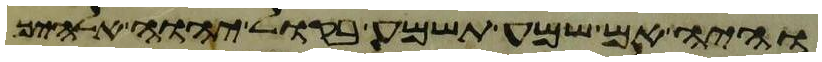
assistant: והיה אם שמע תשמע בקול יהוה אלהיך